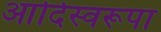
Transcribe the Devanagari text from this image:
आदिस्वरूपा